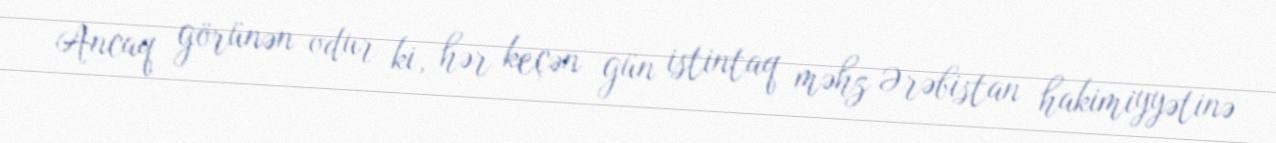
Ancaq görünən odur ki, hər keçən gün istintaq məhz Ərəbistan hakimiyyətinə